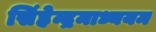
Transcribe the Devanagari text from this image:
सिंहेन्द्रमाध्ययम